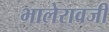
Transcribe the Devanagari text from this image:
भालेरावजी